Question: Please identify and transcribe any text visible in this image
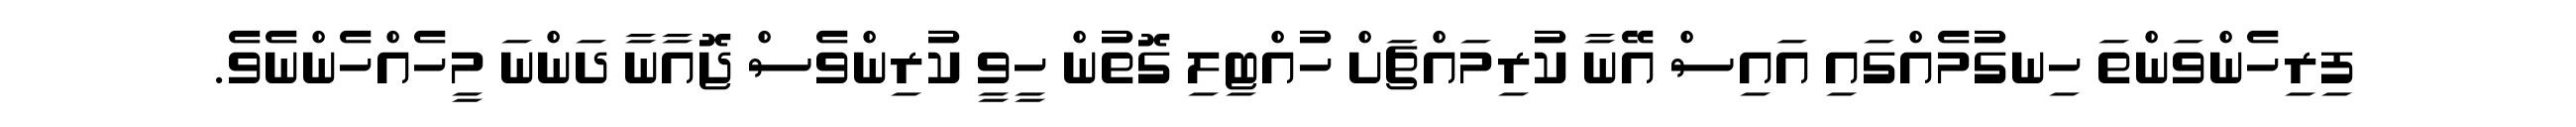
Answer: ފިރިހެންވަންތަ ހިނގުމެއްގައި އައިސް އޭނާ ކުރިމައްޗަށް ހުއްޓިލި ގޮތުން ހީވީ ކުރިންވެސް ޖޮއާނާ ދަންނަ މީހެއްހެންނެވެ.